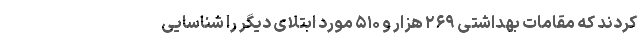
کردند که مقامات بهداشتی ۲۶۹ هزار و ۵۱۰ مورد ابتلای دیگر را شناسایی